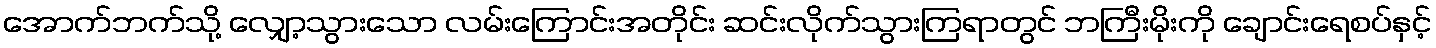
အောက်ဘက်သို့ လျှော့သွားသော လမ်းကြောင်းအတိုင်း ဆင်းလိုက်သွားကြရာတွင် ဘကြီးမိုးကို ချောင်းရေစပ်နှင့်